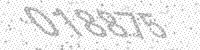
Solution: 018875